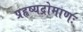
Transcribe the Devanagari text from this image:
प्रहृष्यद्रोमाणः